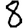
Digit: 8